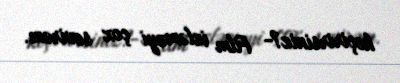
keçirirsiniz?- Film izləməyi çox sevirəm.